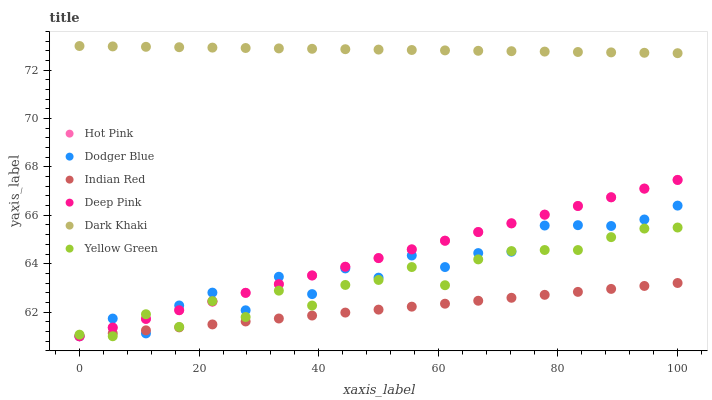
| xaxis_label | Hot Pink | Dodger Blue | Indian Red | Deep Pink | Dark Khaki | Yellow Green |
 | --- | --- | --- | --- | --- | --- | --- |
 | 0 | 61 | 61 | 61 | 61 | 73 | 61.1 |
 | 5.56 | 61.4 | 61.7 | 61.1 | 61.4 | 73 | 61 |
 | 11.1 | 61.7 | 61.1 | 61.2 | 61.7 | 73 | 61.9 |
 | 16.7 | 62.1 | 62.3 | 61.4 | 62.1 | 73 | 61.4 |
 | 22.2 | 62.4 | 62.8 | 61.5 | 62.4 | 72.9 | 62.5 |
 | 27.8 | 62.8 | 62.1 | 61.6 | 62.8 | 72.9 | 61.8 |
 | 33.3 | 63.2 | 63.5 | 61.7 | 63.2 | 72.9 | 62.9 |
 | 38.9 | 63.5 | 62.7 | 61.9 | 63.5 | 72.9 | 62.3 |
 | 44.4 | 63.9 | 63.8 | 62 | 63.9 | 72.9 | 63.1 |
 | 50 | 64.2 | 63.4 | 62.1 | 64.2 | 72.9 | 63.3 |
 | 55.6 | 64.6 | 64.3 | 62.2 | 64.6 | 72.8 | 63.9 |
 | 61.1 | 65 | 63.9 | 62.3 | 64.9 | 72.8 | 63.1 |
 | 66.7 | 65.3 | 64.4 | 62.5 | 65.3 | 72.8 | 64.2 |
 | 72.2 | 65.7 | 64.5 | 62.6 | 65.7 | 72.8 | 64.5 |
 | 77.8 | 66 | 65.6 | 62.7 | 66 | 72.8 | 64.6 |
 | 83.3 | 66.4 | 65.6 | 62.8 | 66.4 | 72.8 | 64.6 |
 | 88.9 | 66.7 | 65.6 | 63 | 66.7 | 72.7 | 65.1 |
 | 94.4 | 67.1 | 65.8 | 63.1 | 67.1 | 72.7 | 65.5 |
 | 100 | 67.5 | 66.4 | 63.2 | 67.5 | 72.7 | 65.5 |